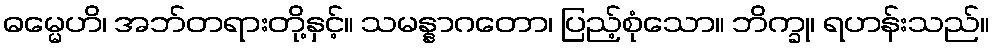
ဓမ္မေဟိ၊ အဘ်တရားတို့နှင့်။ သမန္နာဂတော၊ ပြည့်စုံသော။ ဘိက္ခု၊ ရဟန်းသည်။